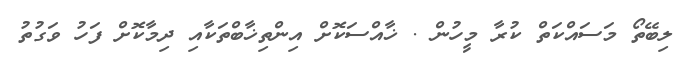
ލިބޭތޯ މަސައްކަތް ކުރާ މީހުން . ޚާއްސަކޮށް އިންތިޚާބްތަކާއި ދިމާކޮށް ފަހު ވަގުތު